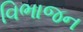
વિભાજન